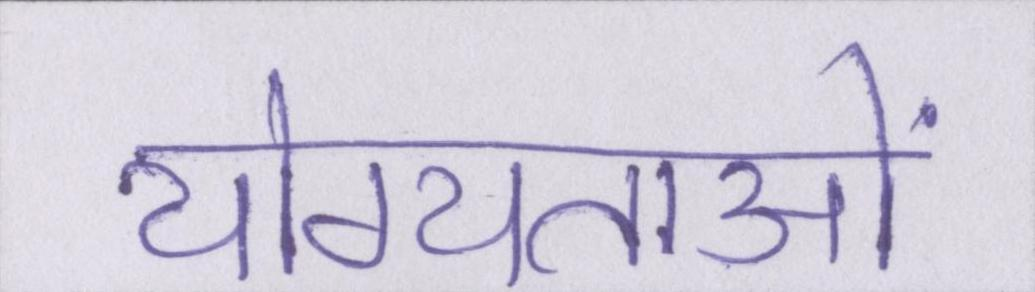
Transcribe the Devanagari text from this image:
योग्यताओं